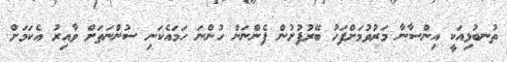
ތުނބުޅިއަކީ އިންސާނާ މަރުވުމަށްފަހު ބޭރުފުށުން ފެންނަން ހުންނަ ހަމައެކަނި ސުންނަތަށް ވާއިރު އެކަމަށް